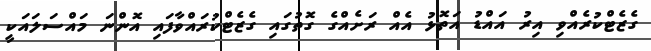
ގެޒެޓްކުރެއްވި އިރު އައްޑު އަތޮޅު އެއް ރަށެއްގެ ގޮތުގައި ގެޒެޓްކުރައްވާފައި އޮންނަ މައްސަލައަކީ